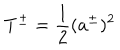
T ^ { \pm } = \frac { 1 } { 2 } ( a ^ { \pm } ) ^ { 2 }